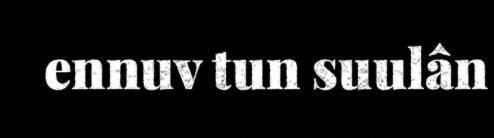
ennuv tun suulân